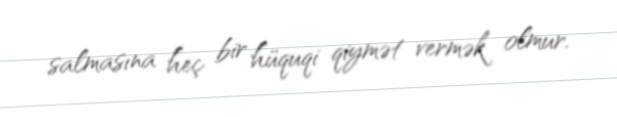
salmasına heç bir hüquqi qiymət vermək olmur.